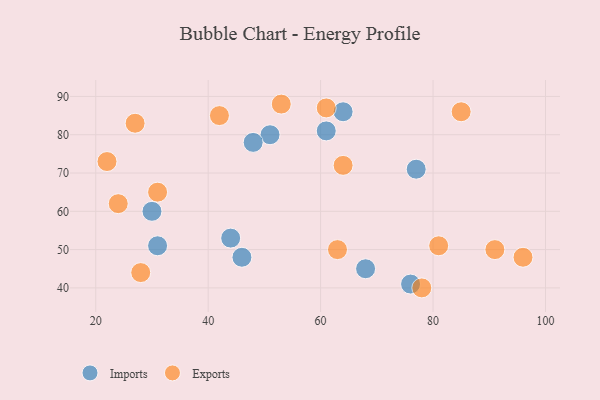
{"axis": {"x": "GDP", "y": "Life Expectancy"}, "legend": ["Exports", "Imports"], "data": [{"x": "44", "y": 53, "type": "Imports"}, {"x": "51", "y": 80, "type": "Imports"}, {"x": "76", "y": 41, "type": "Imports"}, {"x": "61", "y": 81, "type": "Imports"}, {"x": "68", "y": 45, "type": "Imports"}, {"x": "46", "y": 48, "type": "Imports"}, {"x": "48", "y": 78, "type": "Imports"}, {"x": "77", "y": 71, "type": "Imports"}, {"x": "64", "y": 86, "type": "Imports"}, {"x": "31", "y": 51, "type": "Imports"}, {"x": "30", "y": 60, "type": "Imports"}, {"x": "85", "y": 86, "type": "Exports"}, {"x": "22", "y": 73, "type": "Exports"}, {"x": "27", "y": 83, "type": "Exports"}, {"x": "91", "y": 50, "type": "Exports"}, {"x": "31", "y": 65, "type": "Exports"}, {"x": "42", "y": 85, "type": "Exports"}, {"x": "24", "y": 62, "type": "Exports"}, {"x": "81", "y": 51, "type": "Exports"}, {"x": "53", "y": 88, "type": "Exports"}, {"x": "63", "y": 50, "type": "Exports"}, {"x": "78", "y": 40, "type": "Exports"}, {"x": "28", "y": 44, "type": "Exports"}, {"x": "96", "y": 48, "type": "Exports"}, {"x": "64", "y": 72, "type": "Exports"}, {"x": "61", "y": 87, "type": "Exports"}]}